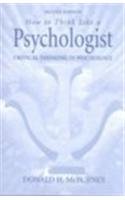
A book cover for How to Think Like a Psychologist: Critical Thinking in Psychology (2nd Edition); Donald H. McBurney; Medical Books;